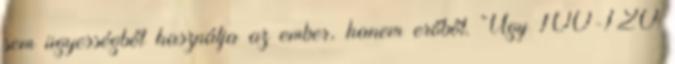
sem ügyességből használja az ember, hanem erőből. Úgy 100-120